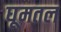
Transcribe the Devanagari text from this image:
घूमतल